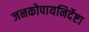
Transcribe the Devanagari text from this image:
जनकोपायनिर्देष्टा